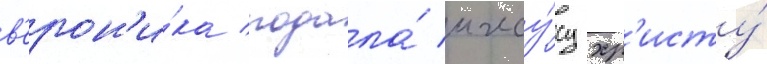
в'ерон'и́ка подала́ иису́су хр'исту́